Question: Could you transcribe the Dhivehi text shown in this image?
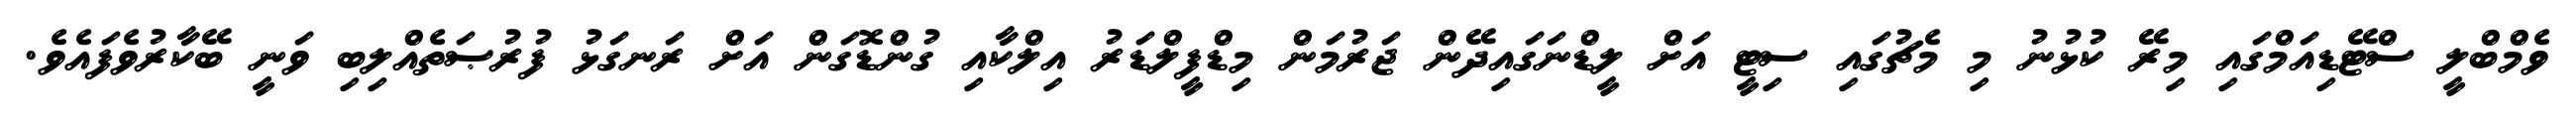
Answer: ވެމްބްލީ ސްޓޭޑިއަމްގައި މިރޭ ކުޅުނު މި މެޗުގައި ސިޓީ އަށް ލީޑްނަގައިދޭން ޖަރުމަން މިޑްފީލްޑަރު އިލްކާއި ގުންޑޮގަން އަށް ރަނގަޅު ފުރުޞަތެއްލިބި ވަނީ ބޭކާރުވެފައެވެ.